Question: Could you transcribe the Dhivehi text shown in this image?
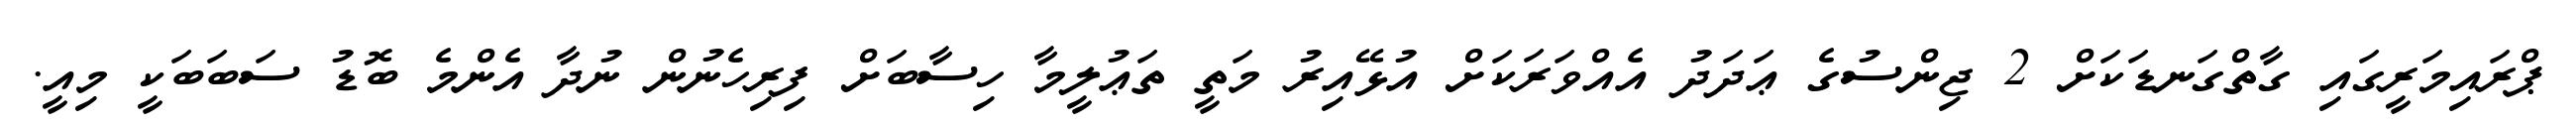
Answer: ޕްރައިމަރީގައި ގާތްގަނޑަކަށް 2 ޖިންސުގެ ޢަދަދު އެއްވަރަކަށް އުޅޭއިރު މަތީ ތަޢުލީމާ ހިސާބަށް ފިރިހެނުން ނުދާ އެންމެ ބޮޑު ސަބަބަކީ މިއީ.